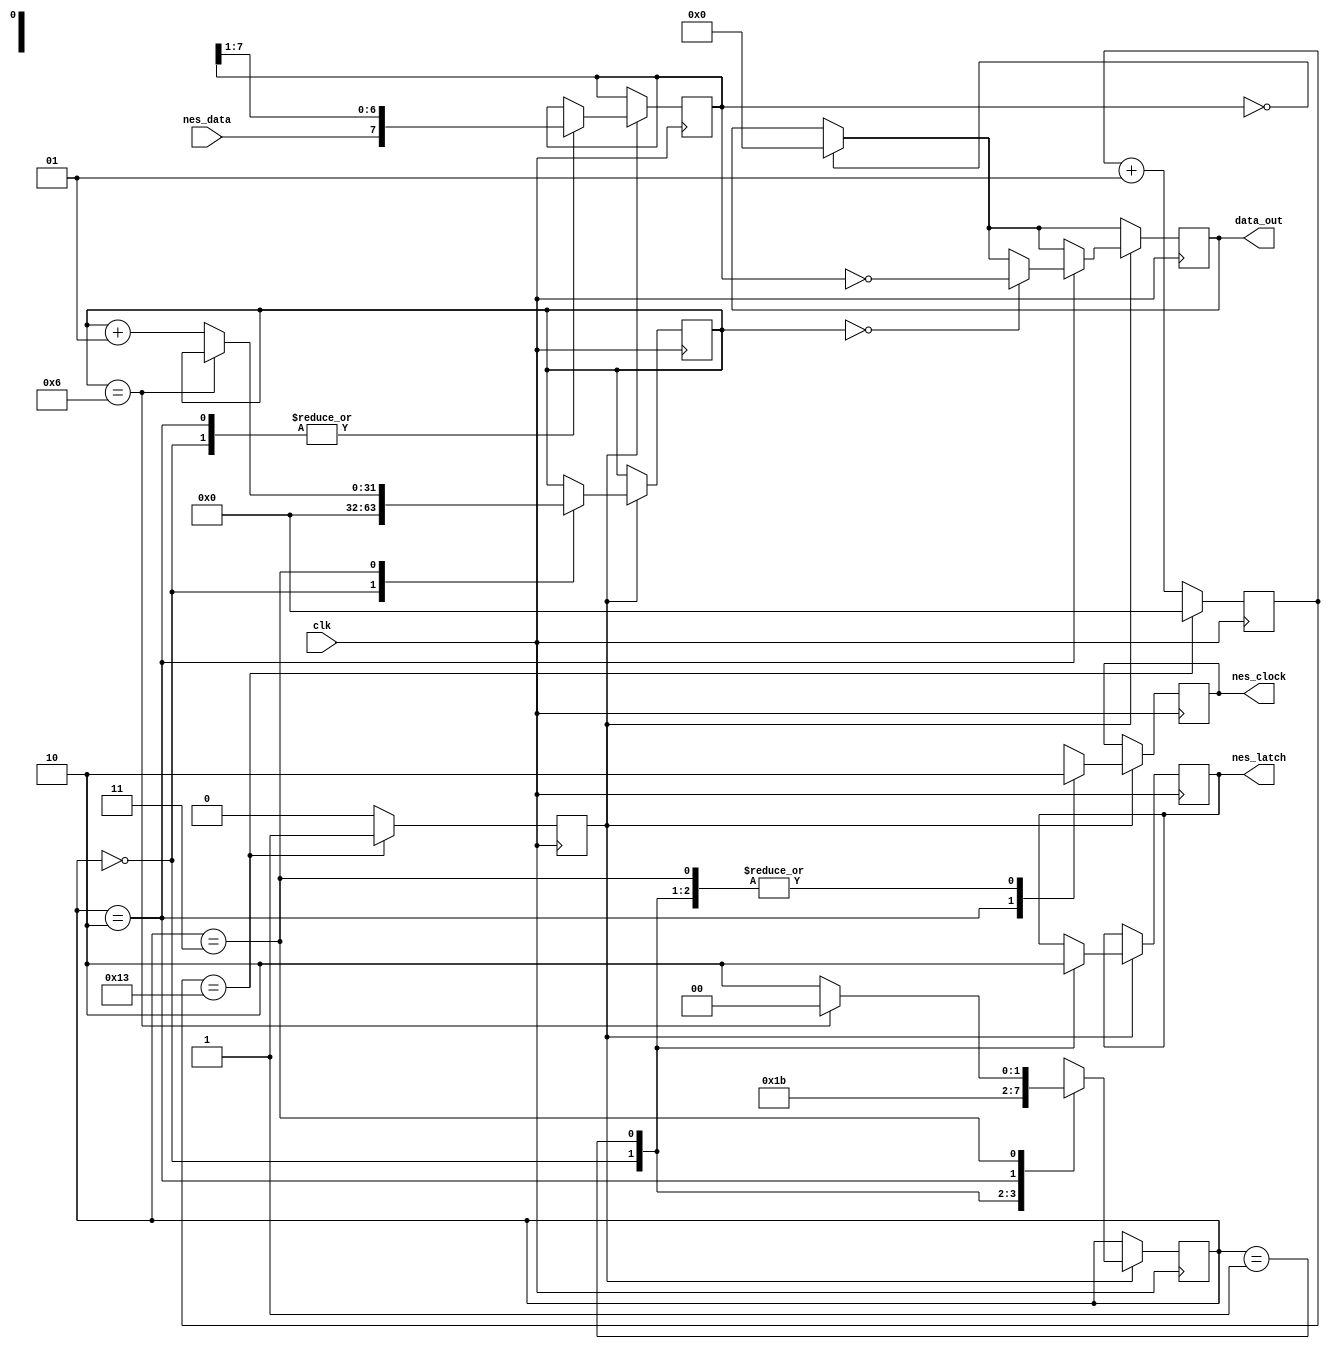
`default_nettype none //disable implicit definitions by Verilog


module nes_controller(
	clk,
	data_out,
	nes_clock,
	nes_latch,
	nes_data
	);

input 					clk;
input   				nes_data;
output reg 		[7:0]	data_out;
output 					nes_clock;
output  				nes_latch;

reg 				nes_latch_r;
reg 				nes_clock_r;
reg 				nes_data_r;
//reg 		[7:0]   data_out_r;

assign nes_data 	= nes_data_r;
assign nes_clock 	= nes_clock_r;
assign nes_latch 	= nes_latch_r;
//assign data_out 	= data_out_r;


parameter			clk_div 	= 40;
reg 		[7:0] 	shifter 	= 8'b00000000;
integer 			clk_cnt,
					bits_cnt 	= 0;
reg 				half  		= 0;

/* State machine definitions
2'b00 = starting state
2'b01 = wait state
2'b10 = low state
2'b11 = high state 
*/

reg 		[1:0]   sm_state 	= 2'b00;

always @(posedge clk ) begin
	if (clk_cnt == ((clk_div/2)-1)) begin
		clk_cnt <= 0;
		half    <= 1'b1;		
	end
	else begin
		clk_cnt <= clk_cnt + 1;
		half    <= 1'b0;
	end
end

always @(posedge clk) begin
	if (shifter == 8'b00000000) begin
		data_out <= 0;
	end
	if (half == 1'b1) begin
		case (sm_state)
			2'b00: begin
				nes_latch_r <= 1'b1;
				nes_clock_r <= 1'b0;
				shifter   	  <= {nes_data_r,shifter[7:1]};
				bits_cnt      <= 0;
				sm_state      <= 2'b01;
			end
			2'b01: begin
				nes_latch_r  <= 1'b0;
				nes_clock_r  <= 1'b0;
				sm_state  	   <= 2'b10;
			end
			2'b10: begin
				if (bits_cnt == 0) begin
					data_out <= ~shifter;	
				end 
				shifter			<= {nes_data_r,shifter[7:1]};
				nes_clock_r   <= 1'b1;
				sm_state 		<= 2'b11;
			end
			2'b11: begin
				nes_clock_r <= 1'b0;
				if(bits_cnt == 6) begin
					sm_state 	<= 2'b00;
				end
				else begin
					bits_cnt 	<= bits_cnt + 1;
					sm_state 	<= 2'b10;
				end
			end
			default: begin
				sm_state <= 2'b00;
			end	
		endcase
	end
end
endmodule